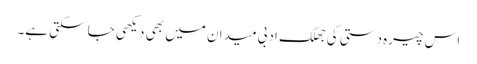
اس چیرہ دستی کی جھلک ادبی میدان میں بھی دیکھی جا سکتی ہے۔